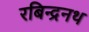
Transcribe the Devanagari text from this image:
रबिन्द्रनथ